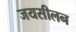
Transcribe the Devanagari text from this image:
जयसीलन